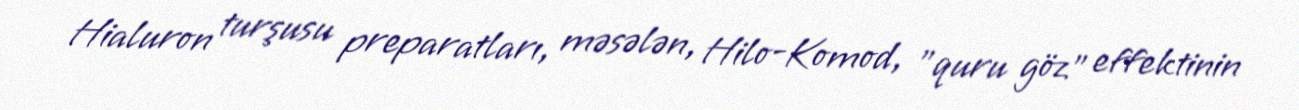
Hialuron turşusu preparatları, məsələn, Hilo-Komod, "quru göz" effektinin